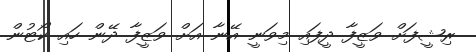
ރިޝީފަށް ވަޒީފާ ދީފައި މިވަނީ އޭނާ އަށް ވަޒީފާ ދޭން ހައި ކޯޓުން